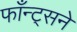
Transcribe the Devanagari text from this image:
फाँन्ट्‌सने